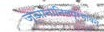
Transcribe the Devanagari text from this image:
ज्ञानानिलप्रभावेन